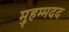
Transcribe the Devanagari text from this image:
मुहम्मदद